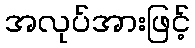
အလုပ်အားဖြင့်